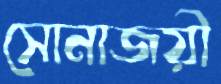
সোনাজয়ী